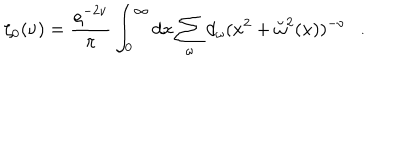
\zeta _ { 0 } ( \nu ) = { \frac { \varrho ^ { - 2 \nu } } { \pi } } \int _ { 0 } ^ { \infty } d x \sum _ { \omega } d _ { \omega } ( x ^ { 2 } + \breve { \omega } ^ { 2 } ( x ) ) ^ { - \nu } .